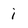
Character: i